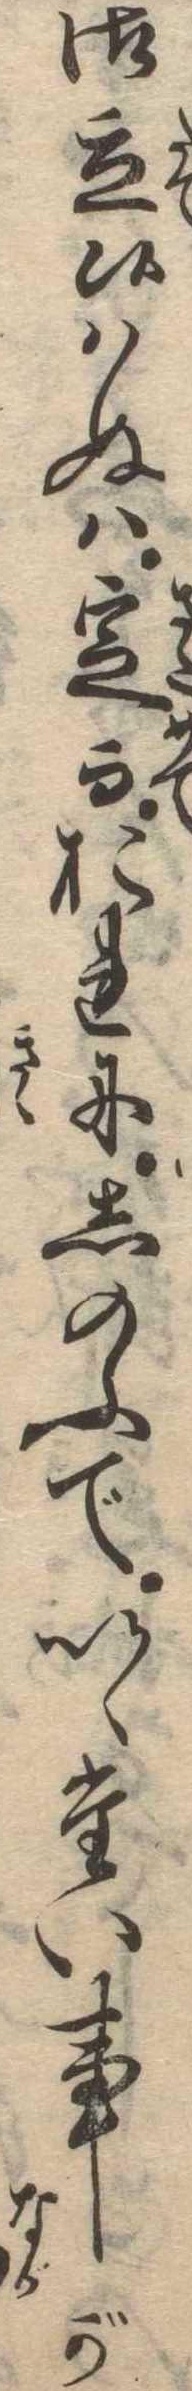
御立候はぬは定而おれにしのふでいゝたい事が